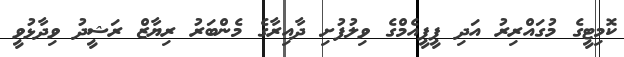
ކޮމިޓީގެ މުގައްރިރު އަދި ޕީޕީއެމްގެ ވިލުފުށި ދާއިރާގެ މެންބަރު ރިޔާޒް ރަޝީދު ވިދާޅުވީ